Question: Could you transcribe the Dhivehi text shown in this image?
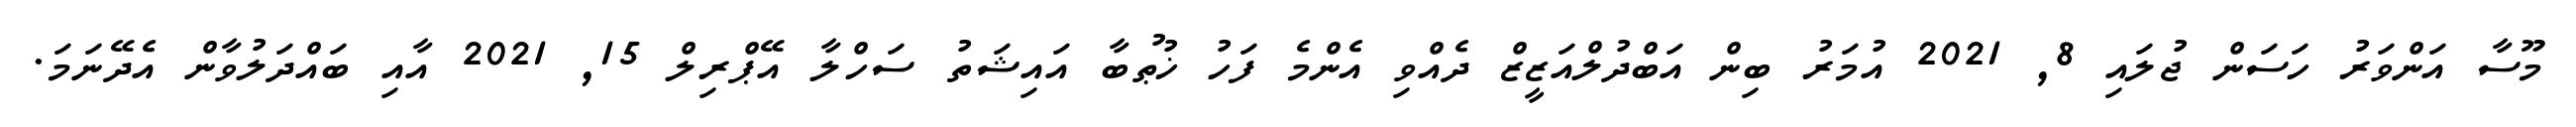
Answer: މޫސާ އަންވަރު ހަސަން ޖުލައި 8, 2021 އުމަރު ބިން އަބްދުލްއަޒީޒް ދެއްވި އެންމެ ފަހު ޚުޠުބާ އައިޝަތު ސަހްލާ އޭޕްރިލް 15, 2021 އާއި ބައްދަލުވާން އެދޭނަމަ.